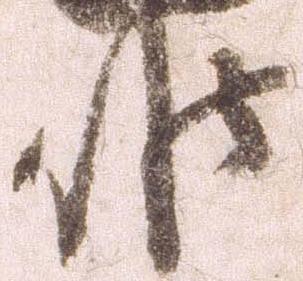
候